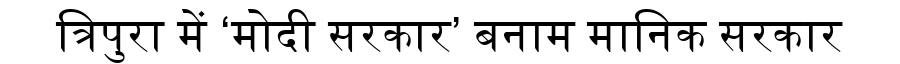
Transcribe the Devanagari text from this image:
त्रिपुरा में ‘मोदी सरकार’ बनाम मानिक सरकार